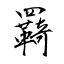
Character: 羇